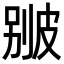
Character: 𤿱